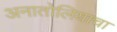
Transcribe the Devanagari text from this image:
अनातोलियाचा